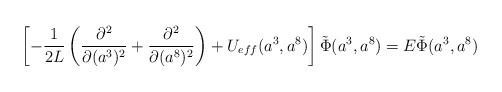
LaTeX: \begin{align*}\left[- \frac{1}{2L} \left( \frac{\partial^{2}}{\partial (a^{3})^{2}} + \frac{\partial^{2}}{\partial (a^{8})^{2}} \right) + U_{eff}(a^{3}, a^{8})\right] \tilde{\Phi}(a^{3}, a^{8})= E \tilde{\Phi}(a^{3}, a^{8})\end{align*}